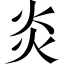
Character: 炎